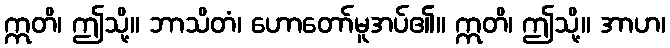
ဣတိ၊ ဤသို့။ ဘာသိတံ၊ ဟောတော်မူအပ်၏။ ဣတိ၊ ဤသို့။ အာဟ၊